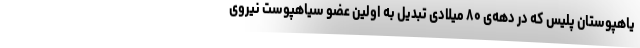
یاهپوستان پلیس که در دهه‌ی ۸۰ میلادی تبدیل به اولین عضو سیاهپوست نیروی